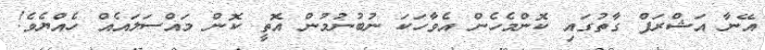
އޭނާ އަޝްރަފް ގާތުގައި ކޮންމެހެން އެވާހަކަ ނުބުނުމުން އޮތީ ކޮން މައްސަލައެއް ހެއްޔެވެ!